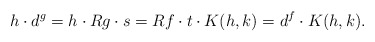
\begin{align*} h\cdot d^g= h\cdot{R}g\cdot s = {R}f\cdot t\cdot K(h,k)= d^f\cdot K(h,k). \end{align*}